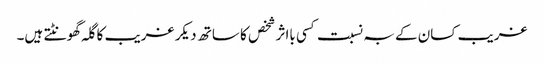
غریب کسان کے بہ نسبت کسی بااثر شخص کا ساتھ دیکر غریب کا گلہ گھونٹتے ہیں۔